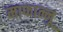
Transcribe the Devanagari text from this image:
माफान्नू